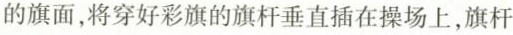
的旗面，将穿好彩旗的旗杆垂直插在操场上，旗杆